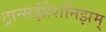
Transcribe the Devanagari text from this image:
ट्रान्सइंप्रेशनिझम्